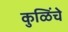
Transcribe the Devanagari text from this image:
कुळिंचे